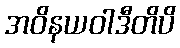
အဝိနယဝါဒီတိပိ